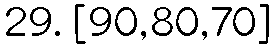
29. [90,80,70]